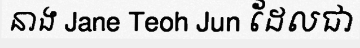
នាង Jane Teoh Jun ដែលជា